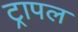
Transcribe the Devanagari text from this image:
ट्रापल